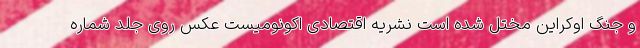
و جنگ اوکراین مختل شده است نشریه اقتصادی اکونومیست عکس روی جلد شماره